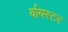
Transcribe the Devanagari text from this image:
र्वायस्टर